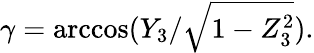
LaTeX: \gamma=\operatorname{arccos}(Y_{3}/{\sqrt{1-Z_{3}^{2}}}).